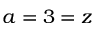
a = 3 = z